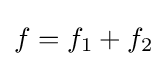
f=f_{1}+f_{2}